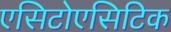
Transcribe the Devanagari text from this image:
एसिटोएसिटिक